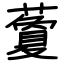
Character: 藑